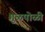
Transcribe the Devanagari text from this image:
गुळपोळी